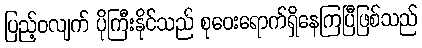
ပြည့်ဝလျက် ပိုကြီးနိုင်သည် စုဝေးရောက်ရှိနေကြပြီဖြစ်သည်